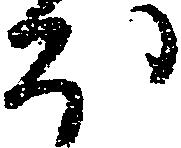
ほ